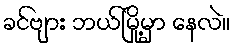
ခင်ဗျား ဘယ်မြို့မှာ နေလဲ။